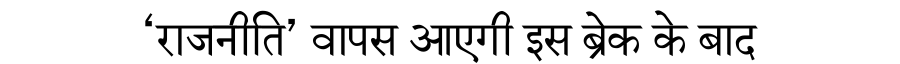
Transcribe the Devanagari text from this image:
‘राजनीति’ वापस आएगी इस ब्रेक के बाद